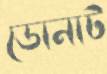
ডোনাট